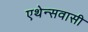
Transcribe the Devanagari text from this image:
एथेन्सवासी